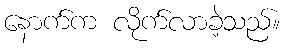
နောက်က လိုက်လာခဲ့သည်။